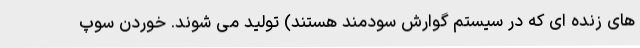
های زنده ای که در سیستم گوارش سودمند هستند) تولید می شوند. خوردن سوپ